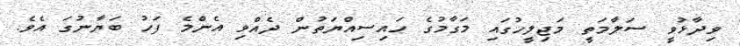
ވިދާޅުވީ ސަލާމަތީ މަޖިލީހުގައި މަގާމުގެ ހައިސިއްޔަތުން ދެއްވި އެންމެ ފަހު ބަޔާނުގަ އެވެ.